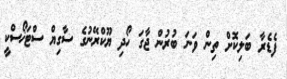
ފެޑެރާ ބަލިކޮށް ތިން ވަނަ ބުރުން ޖާގަ ހޯދި ޔޫކްރޭނުގެ ސާގިޔް ސްޓަޚޯސްކީ